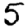
Digit: 5